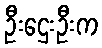
ဦးဌေးဦးက